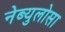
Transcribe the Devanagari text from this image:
नेब्युलोसा